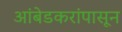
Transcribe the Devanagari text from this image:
आंबेडकरांपासून